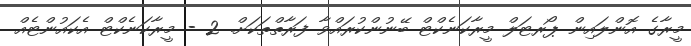
މީރާގެ އޮންލައިން ޕޯރޓަލް މީރާކަނެކްޓް ބޭނުންކުރައްވާ ފަރާތްތަކަށް. 2 - މީރާކަނެކްޓް އެކައުންޓެއް